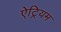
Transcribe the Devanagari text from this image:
ऐट्रियम